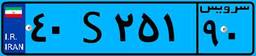
۴۰S۲۵۱۹۰